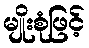
မျိုးစုံဖြင့်